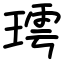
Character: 㻬